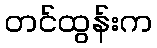
တင်ထွန်းက